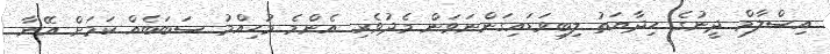
އިސްލާމް ދީނުގެ ހިދާޔަތު ލިބިވަޑައިގަންނަވަން މެދުވެރި އެންމެ މުހިއްމު ސަބަބެއް ކަމަށް އޭނާ